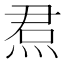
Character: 焄